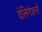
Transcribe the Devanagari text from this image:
देलिगेशनों